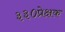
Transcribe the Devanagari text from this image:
३३०प्रेक्षक